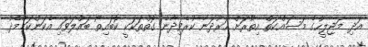
އަދި މަޖިލީހުގެ މަސައްކަތް އިތުރަށް ހަރުދަނާ ކުރެވިދާނެ ގޮތްތަކަކީ ކޮބައިތޯ ބައްލަވައި އެކަންކަމާމެދު